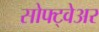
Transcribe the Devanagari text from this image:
सोफ्ट्वेअर